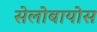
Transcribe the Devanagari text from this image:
सेलोबायोस